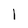
Character: 1